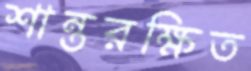
শান্তরক্ষিত